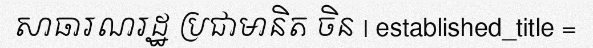
សាធារណរដ្ឋ ប្រជាមានិត ចិន | established_title =